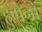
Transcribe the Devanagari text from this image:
हुगेनो